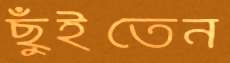
ছুঁইতেন